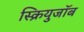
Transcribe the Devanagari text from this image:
स्क्रियुजॉब